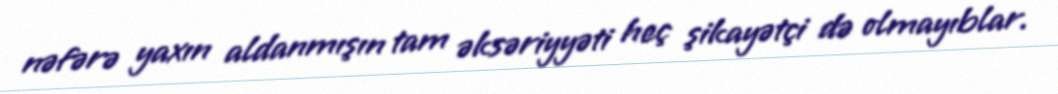
nəfərə yaxın aldanmışın tam əksəriyyəti heç şikayətçi də olmayıblar.